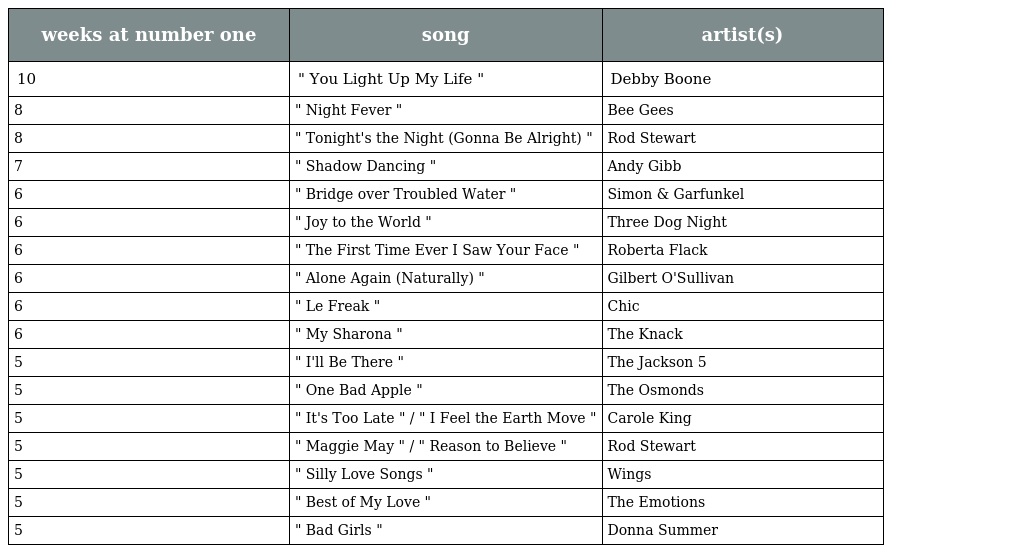
| weeks at number one | song | artist(s) |
 | --- | --- | --- |
 | 10 | " You Light Up My Life " | Debby Boone |
 | 8 | " Night Fever " | Bee Gees |
 | 8 | " Tonight's the Night (Gonna Be Alright) " | Rod Stewart |
 | 7 | " Shadow Dancing " | Andy Gibb |
 | 6 | " Bridge over Troubled Water " | Simon & Garfunkel |
 | 6 | " Joy to the World " | Three Dog Night |
 | 6 | " The First Time Ever I Saw Your Face " | Roberta Flack |
 | 6 | " Alone Again (Naturally) " | Gilbert O'Sullivan |
 | 6 | " Le Freak " | Chic |
 | 6 | " My Sharona " | The Knack |
 | 5 | " I'll Be There " | The Jackson 5 |
 | 5 | " One Bad Apple " | The Osmonds |
 | 5 | " It's Too Late " / " I Feel the Earth Move " | Carole King |
 | 5 | " Maggie May " / " Reason to Believe " | Rod Stewart |
 | 5 | " Silly Love Songs " | Wings |
 | 5 | " Best of My Love " | The Emotions |
 | 5 | " Bad Girls " | Donna Summer |